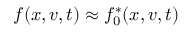
f ( x , v , t ) \approx f _ { 0 } ^ { * } ( x , v , t )